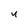
Character: y